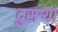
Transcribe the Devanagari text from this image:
दुसऱ्या